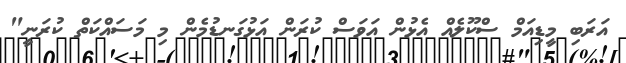
އަރަބި މީޑިއަމް ސްކޫލެއް އެޅުން އަވަސް ކުރަން އަޅުގަނޑުމެން މި މަސައްކަތް ކުރަނީ"